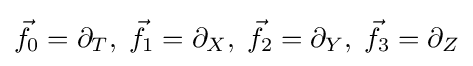
{\vec {f}}_{0}=\partial _{T},\;{\vec {f}}_{1}=\partial _{X},\;{\vec {f}}_{2}=\partial _{Y},\;{\vec {f}}_{3}=\partial _{Z}